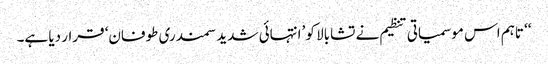
‘‘ تاہم اس موسمیاتی تنظیم نے تشابالا کو ’انتہائی شدید سمندری طوفان‘ قرار دیا ہے۔